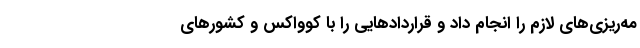
مه‌ریزی‌های لازم را انجام داد و قرارداد‌هایی را با کوواکس و کشور‌های